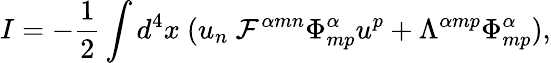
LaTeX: I=-\frac{1}{2}\int d^{4}x\ (u_{n}\ {\cal F}^{\alpha mn}{\Phi}_{mp}^{\alpha}u^{p}+{\Lambda}^{\alpha mp}{\Phi}_{mp}^{\alpha}),